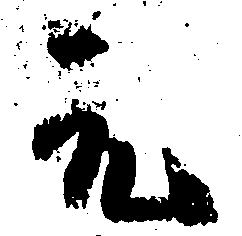
元